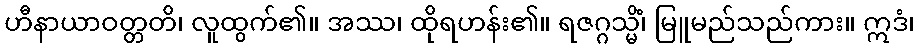
ဟီနာယာဝတ္တတိ၊ လူထွက်၏။ အဿ၊ ထိုရဟန်း၏။ ရဇဂ္ဂသ္မိံ၊ မြူမည်သည်ကား။ ဣဒံ၊